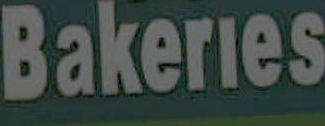
Bakeries